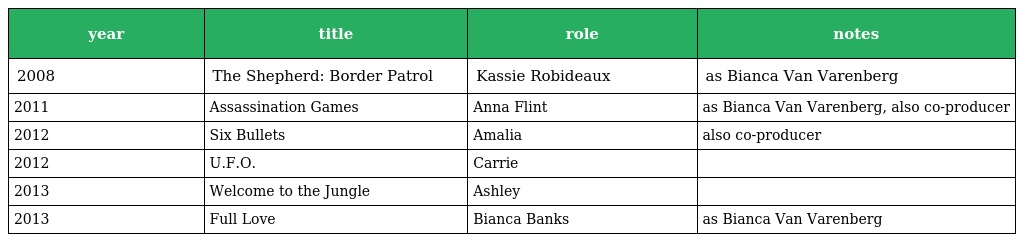
| year | title | role | notes |
 | --- | --- | --- | --- |
 | 2008 | The Shepherd: Border Patrol | Kassie Robideaux | as Bianca Van Varenberg |
 | 2011 | Assassination Games | Anna Flint | as Bianca Van Varenberg, also co-producer |
 | 2012 | Six Bullets | Amalia | also co-producer |
 | 2012 | U.F.O. | Carrie |  |
 | 2013 | Welcome to the Jungle | Ashley |  |
 | 2013 | Full Love | Bianca Banks | as Bianca Van Varenberg |